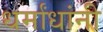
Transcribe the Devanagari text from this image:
धर्मांधांनी